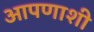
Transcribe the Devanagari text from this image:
आपणाशी